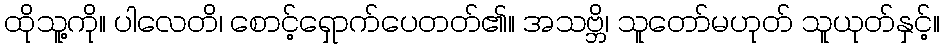
ထိုသူ့ကို။ ပါလေတိ၊ စောင့်ရှောက်ပေတတ်၏။ အသဗ္ဘိ၊ သူတော်မဟုတ် သူယုတ်နှင့်။